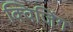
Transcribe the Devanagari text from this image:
क्विजिंग